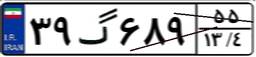
۲۰گ۱۸۳۱۸